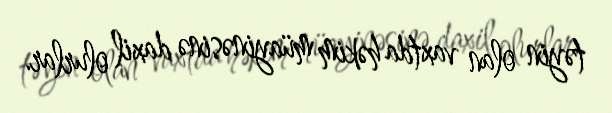
təyin olan vaxtda həkim müayinəsinə daxil olurlar.